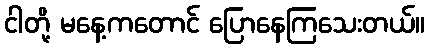
ငါတို့ မနေ့ကတောင် ပြောနေကြသေးတယ်။